Code of medical and sanitary regulations for the guidance of medical officers serving in the Madras Presidency - Volume II
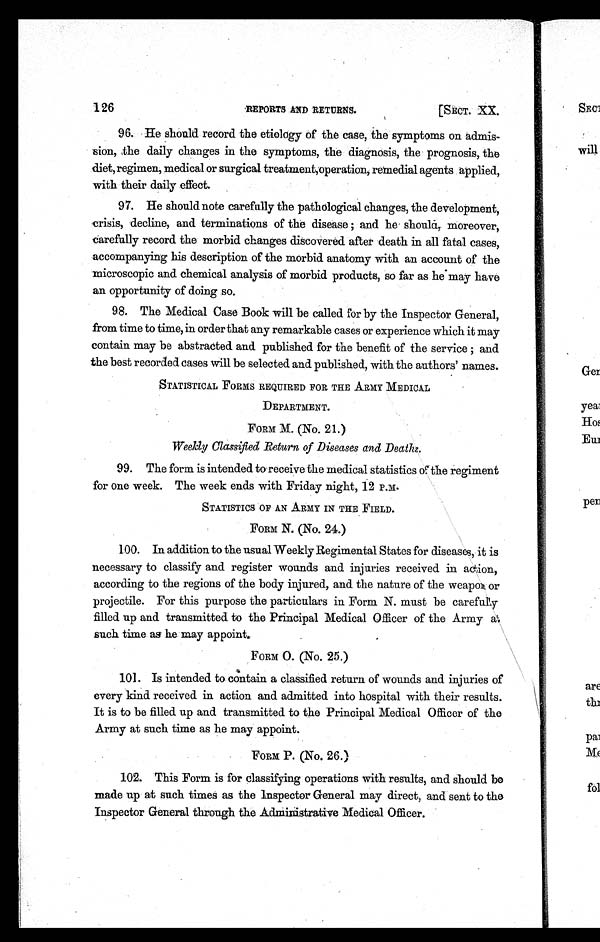
126
REPORTS AND RETURNS.
[SECT. XX.
96. He should record the etiology of the case, the symptoms on admis-
sion, the daily changes in the symptoms, the diagnosis, the prognosis, the
diet, regimen, medical or surgical treatment, operation, remedial agents applied,
with their daily effect.
97. He should note carefully the pathological changes, the development,
crisis, decline, and terminations of the disease ; and he should, moreover,
carefully record the morbid changes discovered after death in all fatal cases,
accompanying his description of the morbid anatomy with an account of the
microscopic and chemical analysis of morbid products, so far as he may have
an opportunity of doing so.
98. The Medical Case Book will be called for by the Inspector General,
from time to time, in order that any remarkable cases or experience which it may
contain may be abstracted and published for the benefit of the service ; and
the best recorded cases will be selected and published, with the authors' names.
STATISTICAL FORMS REQUIRED FOR THE ARMY MEDICAL
DEPARTMENT.
FORM M. (No. 21.)
Weekly Classified Return of Diseases and Deaths.
99. The form is intended to receive the medical statistics of the regiment
for one week. The week ends with Friday night, 12 P.M.
STATISTICS OF AN ARMY IN THE FIELD.
FORM N. (No. 24.)
100. I n a ddi t i on t o t he us ua l We e kl y Re gi me nt a l St a t e s f or di s e a s e s , i t i s
necessary to classify and register wounds and injuries received in action,
according to the regions of the body injured, and the nature of the weapon or
projectile. For this purpose the particulars in Form N. must be carefully
filled up and transmitted to the Principal Medical Officer of the Army at
such time as he may appoint.
FORM O. (No. 25.)
101. Is intended to contain a classified return of wounds and injuries of
every kind received in action and admitted into hospital with their results.
It is to be filled up and transmitted to the Principal Medical Officer of the
Army at such time as he may appoint.
FORM P. (No. 26.)
1 0 2 . T h i s F o r m i s f o r c l a s s i f y i n g o p e r a t i o n s w i t h r e s u l t s , a n d s h o u l d b e
made up at such times as the inspector General may direct, and sent to the
Inspector General through the Administrative Medical Officer.